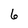
Character: 6